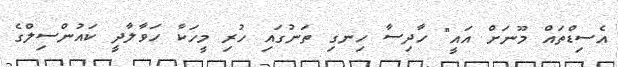
އެސިޑްތައް މޫނަށް އައީ" ހާދިސާ ހިނގި ތަނުގައި ހުރި މީހަކާ ހަވާލާދީ ކައުންސިލްގެ